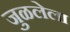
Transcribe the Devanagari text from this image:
जुळलेला